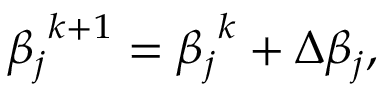
{ \beta _ { j } } ^ { k + 1 } = { \beta _ { j } } ^ { k } + \Delta \beta _ { j } ,